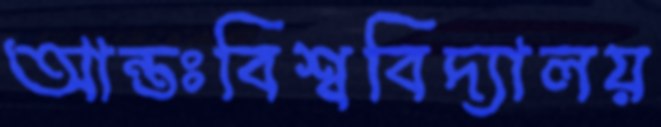
আন্তঃবিশ্ববিদ্যালয়